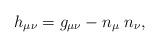
LaTeX: \begin{align*}h_{\mu\nu} = g_{\mu\nu} - n_\mu \; n_\nu,\end{align*}